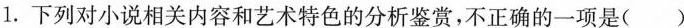
1.下列对小说相关内容和艺术特色的分析鉴赏，不正确的一项是( )